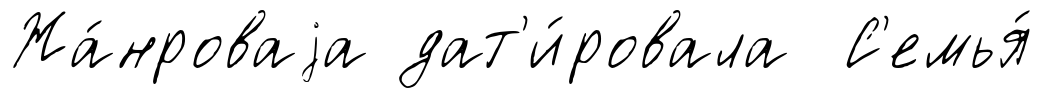
Жа́нроваjа дат'и́ровала С'емья́